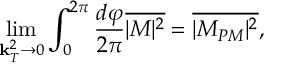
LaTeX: \operatorname * { l i m } _ { { { \bf k } _ { T } ^ { 2 } \to 0 } } \int _ { 0 } ^ { 2 \pi } \frac { d \varphi } { 2 \pi } \overline { { { | M | ^ { 2 } } } } = \overline { { { | M _ { P M } | ^ { 2 } } } } \mathrm { , }